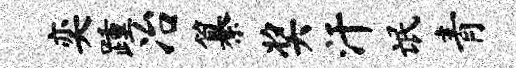
奕踵冶纂奖汗氓青